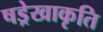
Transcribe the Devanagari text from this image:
षड्रेखाकृति